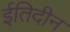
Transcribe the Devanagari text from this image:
ईतिदीन